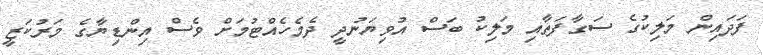
ފަދައިން މަލިކުގެ ސަގާފަތާއި މަލިކު ބަސް އުވިޔަނުދީ ދެމެހެއްޓުމަށް ވެސް އިންޑިޔާގެ މަރުކަޒީ